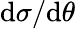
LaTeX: \mathrm{d}\sigma/\mathrm{d}\theta